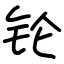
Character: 𬬭